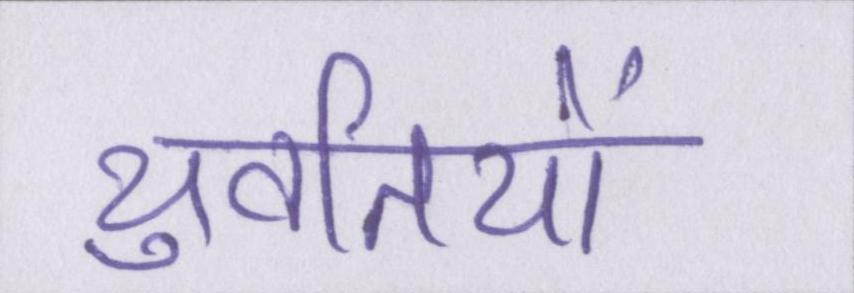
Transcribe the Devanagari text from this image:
युवतियों